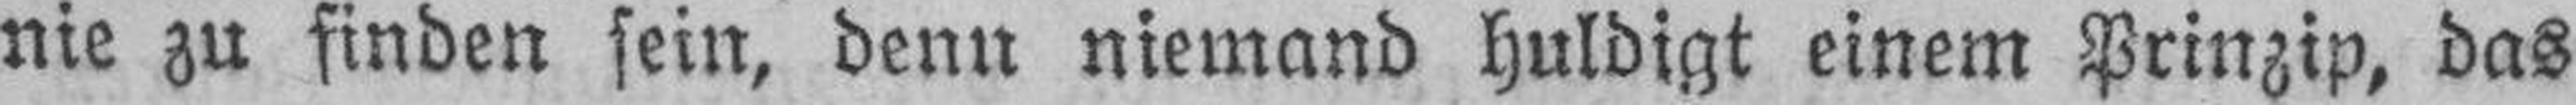
nie zu finden sein, denn niemand huldigt einem Prinzip, das